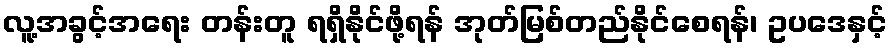
လူ့အခွင့်အရေး တန်းတူ ရရှိနိုင်ဖို့ရန် အုတ်မြစ်တည်နိုင်စေရန်၊ ဥပဒေနှင့်